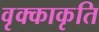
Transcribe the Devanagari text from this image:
वृक्काकृति